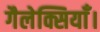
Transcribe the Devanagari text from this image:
गैलेक्सियाँ।